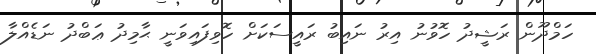
ހަމްދޫން ރަޝީދު ހޮވުނު އިރު ނައިބު ރައީސަކަށް ހޮވިފައިވަނީ ޙާމިދު ޢަބްދު ނަޑެއްލާ